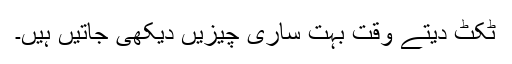
ٹکٹ دیتے وقت بہت ساری چیزیں دیکھی جاتیں ہیں۔